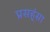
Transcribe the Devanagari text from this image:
प्रसह्ंसा